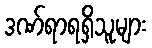
ဒဏ်ရာရရှိသူများ